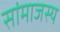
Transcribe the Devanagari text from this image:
सांमाजस्य